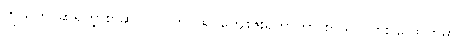
ကိုယ်တိုင်ဆိုရတဲ့ စာဆိုပုဂ္ဂိုလ်က ပို၍ ကျေးဇူးရှိတာဟာ စာသင်သား လောကမှာ